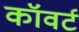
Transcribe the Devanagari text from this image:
कॉवर्ट